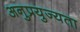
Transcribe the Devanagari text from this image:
अनुप्रयुज्यता